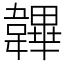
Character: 韠